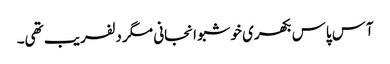
آس پاس بکھری خوشبو انجانی مگر دلفریب تھی۔